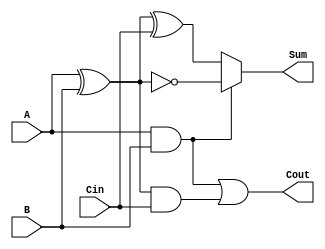
module ConditionalSumFullAdder (
    input wire A,    // First significant bit
    input wire B,    // Second significant bit
    input wire Cin,  // Carry input
    output wire Sum, // Resulting sum
    output wire Cout // Resulting carry output
);

    // Intermediate carry signals
    wire C1; // Carry generated from A and B
    wire C2; // Carry generated from (A XOR B) and Cin
    wire A_XOR_B; // A XOR B for sum calculation

    // Carry generation
    assign C1 = A & B;                    // C1 = A AND B
    assign A_XOR_B = A ^ B;               // A XOR B
    assign C2 = A_XOR_B & Cin;            // C2 = (A XOR B) AND Cin

    // Overall carry out
    assign Cout = C1 | C2;                // Cout = C1 OR C2

    // Sum calculation using conditional logic
    assign Sum = C1 ? (A_XOR_B ^ 1'b1) : (A_XOR_B ^ Cin); // Conditional sum based on C1

endmodule